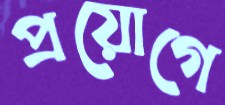
প্রয়োগে